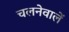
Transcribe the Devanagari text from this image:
चलनेवालें